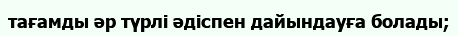
тағамды әр түрлі әдіспен дайындауға болады;